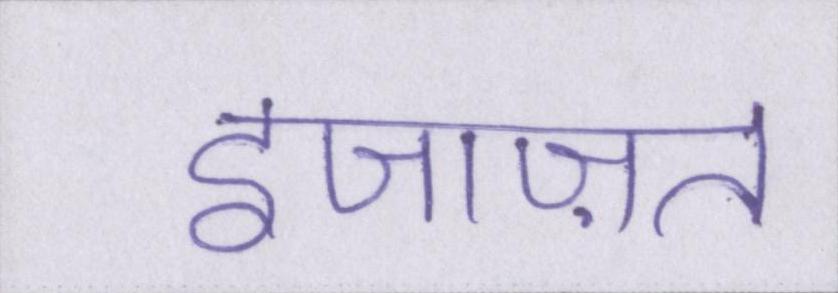
इजाज़त